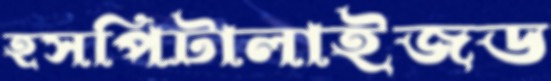
হসপিটালাইজড